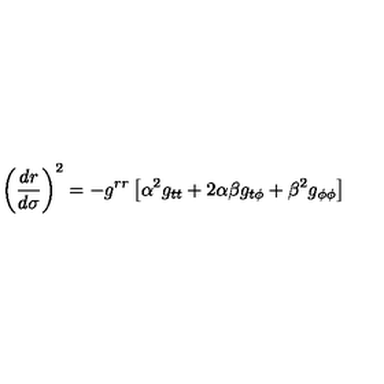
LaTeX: \left( \frac { d r } { d \sigma } \right) ^ { 2 } = - g ^ { r r } \left[ \alpha ^ { 2 } g _ { t t } + 2 \alpha \beta g _ { t \phi } + \beta ^ { 2 } g _ { \phi \phi } \right]